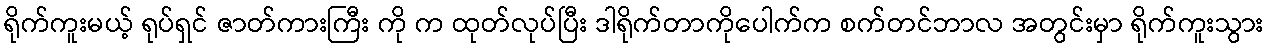
ရိုက်ကူးမယ့် ရုပ်ရှင် ဇာတ်ကားကြီး ကို က ထုတ်လုပ်ပြီး ဒါရိုက်တာကိုပေါက်က စက်တင်ဘာလ အတွင်းမှာ ရိုက်ကူးသွား